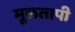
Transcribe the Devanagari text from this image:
मूळतापी